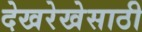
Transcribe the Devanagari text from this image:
देखरेखेसाठी